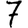
Digit: 7